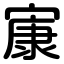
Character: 㝩